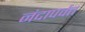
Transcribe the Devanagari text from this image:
नंदापर्वत